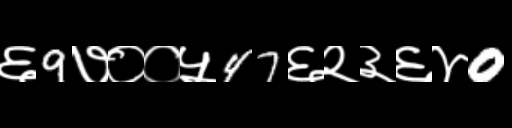
Text: ६9७००५47६२३६४0